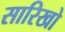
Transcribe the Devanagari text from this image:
सारिखो